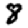
Digit: 8